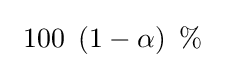
\ 100\ \left(1-\alpha \right)\ \mathrm {\%} \